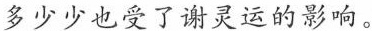
多少少也受了谢灵运的影响。